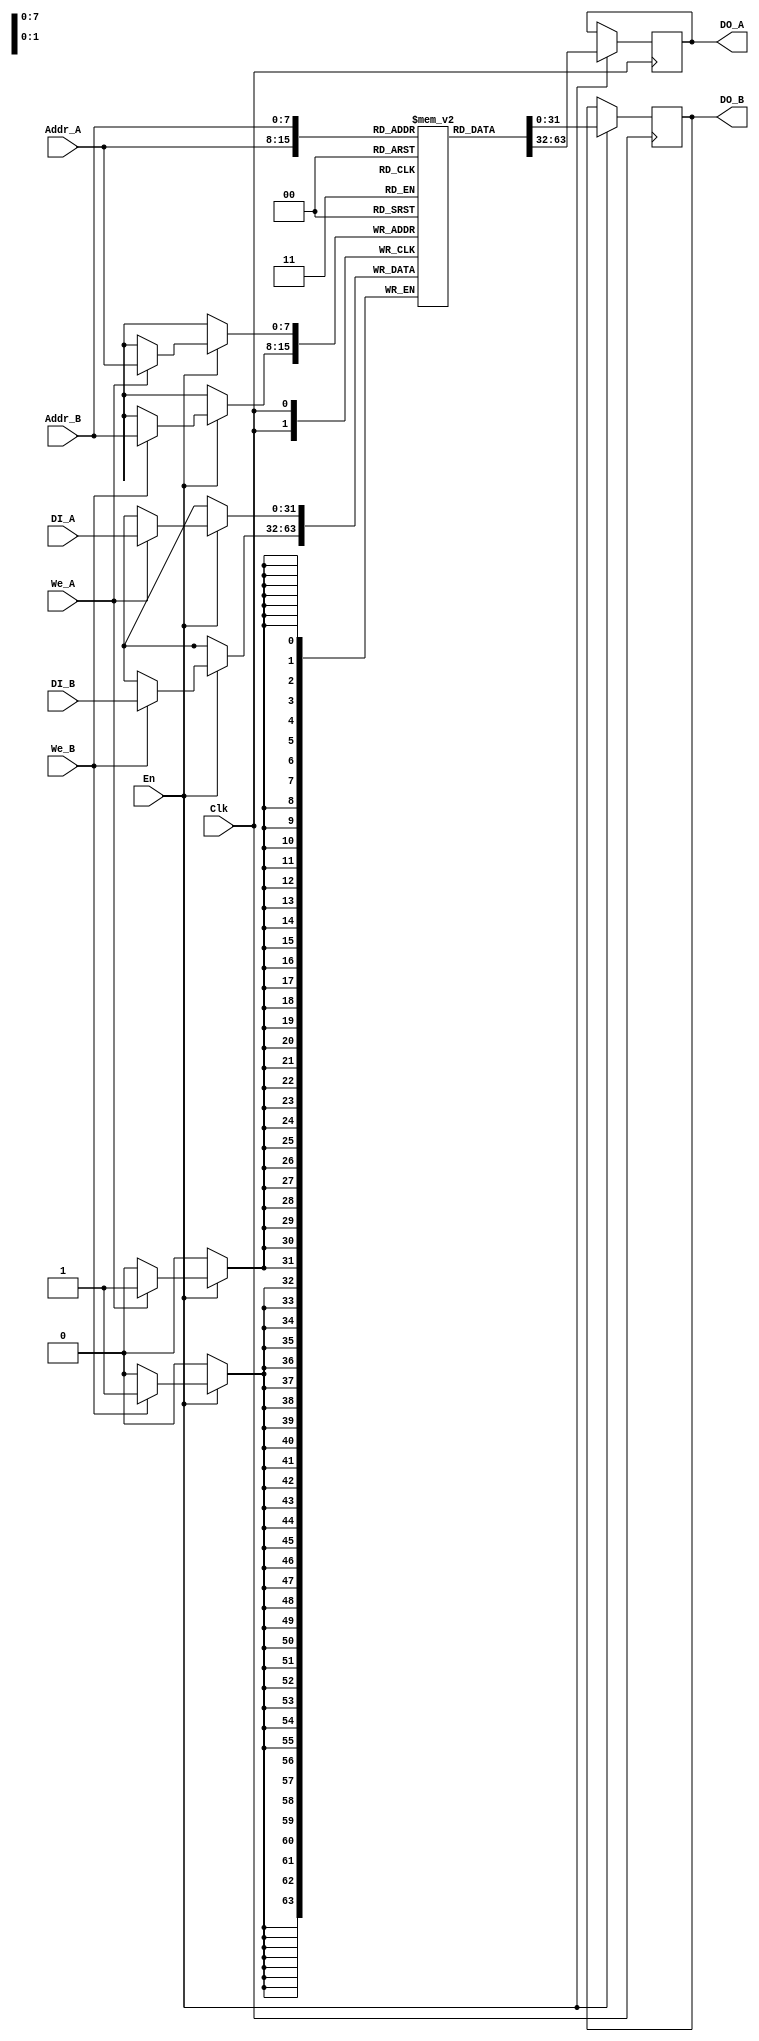
`timescale 1ps / 1ps
//////////////////////////////////////////////////////////////////////////////////
// Company: 
// Engineer: 
// 
// Design Name: 
// Module Name:    bram_dual 
// Project Name: 
// Target Devices: 
// Tool versions: 
// Description: 
//
// Dependencies: 
//
// Revision: 
// Revision 0.01 - File Created
// Additional Comments: 
//
//////////////////////////////////////////////////////////////////////////////////
module bram_duel_T(
	Clk, En, We_A, Addr_A,  DI_A,  DO_A, We_B, Addr_B,  DI_B,  DO_B
    );
parameter WIDTH = 16;

input 		Clk;
input 		En;
input 		We_A;
input		We_B;
input 		[7 : 0]		Addr_A;

input 		[2 * WIDTH - 1 : 0]	DI_A;
output 		[2 * WIDTH - 1 : 0]	DO_A;
reg	 	[2 * WIDTH - 1 : 0]	DO_A;

input 		[7 : 0]		Addr_B;

input 		[2 * WIDTH - 1 : 0]	DI_B;
output 		[2 * WIDTH - 1 : 0]	DO_B;
reg	 	[2 * WIDTH - 1 : 0]	DO_B;

reg 		[2 * WIDTH - 1 : 0]	ram 	 [0 : 255];

initial begin
ram[ 0 ]= 32'b 00000001000000000000000000000000;
ram[ 1 ]= 32'b 00000000111111110000000000000110;
ram[ 2 ]= 32'b 00000000111111110000000000001100;
ram[ 3 ]= 32'b 00000000111111110000000000010010;
ram[ 4 ]= 32'b 00000000111111100000000000011001;
ram[ 5 ]= 32'b 00000000111111100000000000011111;
ram[ 6 ]= 32'b 00000000111111010000000000100101;
ram[ 7 ]= 32'b 00000000111111000000000000101011;
ram[ 8 ]= 32'b 00000000111110110000000000110001;
ram[ 9 ]= 32'b 00000000111110010000000000111000;
ram[ 10 ]= 32'b 00000000111110000000000000111110;
ram[ 11 ]= 32'b 00000000111101100000000001000100;
ram[ 12 ]= 32'b 00000000111101000000000001001010;
ram[ 13 ]= 32'b 00000000111100110000000001010000;
ram[ 14 ]= 32'b 00000000111100010000000001010110;
ram[ 15 ]= 32'b 00000000111011100000000001011100;
ram[ 16 ]= 32'b 00000000111011000000000001100001;
ram[ 17 ]= 32'b 00000000111010100000000001100111;
ram[ 18 ]= 32'b 00000000111001110000000001101101;
ram[ 19 ]= 32'b 00000000111001000000000001110011;
ram[ 20 ]= 32'b 00000000111000010000000001111000;
ram[ 21 ]= 32'b 00000000110111100000000001111110;
ram[ 22 ]= 32'b 00000000110110110000000010000011;
ram[ 23 ]= 32'b 00000000110110000000000010001000;
ram[ 24 ]= 32'b 00000000110101000000000010001110;
ram[ 25 ]= 32'b 00000000110100010000000010010011;
ram[ 26 ]= 32'b 00000000110011010000000010011000;
ram[ 27 ]= 32'b 00000000110010010000000010011101;
ram[ 28 ]= 32'b 00000000110001010000000010100010;
ram[ 29 ]= 32'b 00000000110000010000000010100111;
ram[ 30 ]= 32'b 00000000101111010000000010101011;
ram[ 31 ]= 32'b 00000000101110010000000010110000;
ram[ 32 ]= 32'b 00000000101101010000000010110101;
ram[ 33 ]= 32'b 00000000101100000000000010111001;
ram[ 34 ]= 32'b 00000000101010110000000010111101;
ram[ 35 ]= 32'b 00000000101001110000000011000001;
ram[ 36 ]= 32'b 00000000101000100000000011000101;
ram[ 37 ]= 32'b 00000000100111010000000011001001;
ram[ 38 ]= 32'b 00000000100110000000000011001101;
ram[ 39 ]= 32'b 00000000100100110000000011010001;
ram[ 40 ]= 32'b 00000000100011100000000011010100;
ram[ 41 ]= 32'b 00000000100010000000000011011000;
ram[ 42 ]= 32'b 00000000100000110000000011011011;
ram[ 43 ]= 32'b 00000000011111100000000011011110;
ram[ 44 ]= 32'b 00000000011110000000000011100001;
ram[ 45 ]= 32'b 00000000011100110000000011100100;
ram[ 46 ]= 32'b 00000000011011010000000011100111;
ram[ 47 ]= 32'b 00000000011001110000000011101010;
ram[ 48 ]= 32'b 00000000011000010000000011101100;
ram[ 49 ]= 32'b 00000000010111000000000011101110;
ram[ 50 ]= 32'b 00000000010101100000000011110001;
ram[ 51 ]= 32'b 00000000010100000000000011110011;
ram[ 52 ]= 32'b 00000000010010100000000011110100;
ram[ 53 ]= 32'b 00000000010001000000000011110110;
ram[ 54 ]= 32'b 00000000001111100000000011111000;
ram[ 55 ]= 32'b 00000000001110000000000011111001;
ram[ 56 ]= 32'b 00000000001100010000000011111011;
ram[ 57 ]= 32'b 00000000001010110000000011111100;
ram[ 58 ]= 32'b 00000000001001010000000011111101;
ram[ 59 ]= 32'b 00000000000111110000000011111110;
ram[ 60 ]= 32'b 00000000000110010000000011111110;
ram[ 61 ]= 32'b 00000000000100100000000011111111;
ram[ 62 ]= 32'b 00000000000011000000000011111111;
ram[ 63 ]= 32'b 00000000000001100000000011111111;
ram[ 64 ]= 32'b 00000000000000000000000100000000;
ram[ 65 ]= 32'b 10000000111110010000000011111111;
ram[ 66 ]= 32'b 10000000111100110000000011111111;
ram[ 67 ]= 32'b 10000000111011010000000011111111;
ram[ 68 ]= 32'b 10000000111001100000000011111110;
ram[ 69 ]= 32'b 10000000111000000000000011111110;
ram[ 70 ]= 32'b 10000000110110100000000011111101;
ram[ 71 ]= 32'b 10000000110101000000000011111100;
ram[ 72 ]= 32'b 10000000110011100000000011111011;
ram[ 73 ]= 32'b 10000000110001110000000011111001;
ram[ 74 ]= 32'b 10000000110000010000000011111000;
ram[ 75 ]= 32'b 10000000101110110000000011110110;
ram[ 76 ]= 32'b 10000000101101010000000011110100;
ram[ 77 ]= 32'b 10000000101011110000000011110011;
ram[ 78 ]= 32'b 10000000101010010000000011110001;
ram[ 79 ]= 32'b 10000000101000110000000011101110;
ram[ 80 ]= 32'b 10000000100111100000000011101100;
ram[ 81 ]= 32'b 10000000100110000000000011101010;
ram[ 82 ]= 32'b 10000000100100100000000011100111;
ram[ 83 ]= 32'b 10000000100011000000000011100100;
ram[ 84 ]= 32'b 10000000100001110000000011100001;
ram[ 85 ]= 32'b 10000000100000010000000011011110;
ram[ 86 ]= 32'b 10000000011111000000000011011011;
ram[ 87 ]= 32'b 10000000011101110000000011011000;
ram[ 88 ]= 32'b 10000000011100010000000011010100;
ram[ 89 ]= 32'b 10000000011011000000000011010001;
ram[ 90 ]= 32'b 10000000011001110000000011001101;
ram[ 91 ]= 32'b 10000000011000100000000011001001;
ram[ 92 ]= 32'b 10000000010111010000000011000101;
ram[ 93 ]= 32'b 10000000010110000000000011000001;
ram[ 94 ]= 32'b 10000000010101000000000010111101;
ram[ 95 ]= 32'b 10000000010011110000000010111001;
ram[ 96 ]= 32'b 10000000010010100000000010110101;
ram[ 97 ]= 32'b 10000000010001100000000010110000;
ram[ 98 ]= 32'b 10000000010000100000000010101011;
ram[ 99 ]= 32'b 10000000001111100000000010100111;
ram[ 100 ]= 32'b 10000000001110100000000010100010;
ram[ 101 ]= 32'b 10000000001101100000000010011101;
ram[ 102 ]= 32'b 10000000001100100000000010011000;
ram[ 103 ]= 32'b 10000000001011100000000010010011;
ram[ 104 ]= 32'b 10000000001010110000000010001110;
ram[ 105 ]= 32'b 10000000001001110000000010001000;
ram[ 106 ]= 32'b 10000000001001000000000010000011;
ram[ 107 ]= 32'b 10000000001000010000000001111110;
ram[ 108 ]= 32'b 10000000000111100000000001111000;
ram[ 109 ]= 32'b 10000000000110110000000001110011;
ram[ 110 ]= 32'b 10000000000110000000000001101101;
ram[ 111 ]= 32'b 10000000000101010000000001100111;
ram[ 112 ]= 32'b 10000000000100110000000001100001;
ram[ 113 ]= 32'b 10000000000100010000000001011100;
ram[ 114 ]= 32'b 10000000000011100000000001010110;
ram[ 115 ]= 32'b 10000000000011000000000001010000;
ram[ 116 ]= 32'b 10000000000010110000000001001010;
ram[ 117 ]= 32'b 10000000000010010000000001000100;
ram[ 118 ]= 32'b 10000000000001110000000000111110;
ram[ 119 ]= 32'b 10000000000001100000000000111000;
ram[ 120 ]= 32'b 10000000000001000000000000110001;
ram[ 121 ]= 32'b 10000000000000110000000000101011;
ram[ 122 ]= 32'b 10000000000000100000000000100101;
ram[ 123 ]= 32'b 10000000000000010000000000011111;
ram[ 124 ]= 32'b 10000000000000010000000000011001;
ram[ 125 ]= 32'b 10000000000000000000000000010010;
ram[ 126 ]= 32'b 10000000000000000000000000001100;
ram[ 127 ]= 32'b 10000000000000000000000000000110;
ram[ 128 ]= 32'b 10000001000000000000000000000000;
ram[ 129 ]= 32'b 10000000000000001000000011111001;
ram[ 130 ]= 32'b 10000000000000001000000011110011;
ram[ 131 ]= 32'b 10000000000000001000000011101101;
ram[ 132 ]= 32'b 10000000000000011000000011100110;
ram[ 133 ]= 32'b 10000000000000011000000011100000;
ram[ 134 ]= 32'b 10000000000000101000000011011010;
ram[ 135 ]= 32'b 10000000000000111000000011010100;
ram[ 136 ]= 32'b 10000000000001001000000011001110;
ram[ 137 ]= 32'b 10000000000001101000000011000111;
ram[ 138 ]= 32'b 10000000000001111000000011000001;
ram[ 139 ]= 32'b 10000000000010011000000010111011;
ram[ 140 ]= 32'b 10000000000010111000000010110101;
ram[ 141 ]= 32'b 10000000000011001000000010101111;
ram[ 142 ]= 32'b 10000000000011101000000010101001;
ram[ 143 ]= 32'b 10000000000100011000000010100011;
ram[ 144 ]= 32'b 10000000000100111000000010011110;
ram[ 145 ]= 32'b 10000000000101011000000010011000;
ram[ 146 ]= 32'b 10000000000110001000000010010010;
ram[ 147 ]= 32'b 10000000000110111000000010001100;
ram[ 148 ]= 32'b 10000000000111101000000010000111;
ram[ 149 ]= 32'b 10000000001000011000000010000001;
ram[ 150 ]= 32'b 10000000001001001000000001111100;
ram[ 151 ]= 32'b 10000000001001111000000001110111;
ram[ 152 ]= 32'b 10000000001010111000000001110001;
ram[ 153 ]= 32'b 10000000001011101000000001101100;
ram[ 154 ]= 32'b 10000000001100101000000001100111;
ram[ 155 ]= 32'b 10000000001101101000000001100010;
ram[ 156 ]= 32'b 10000000001110101000000001011101;
ram[ 157 ]= 32'b 10000000001111101000000001011000;
ram[ 158 ]= 32'b 10000000010000101000000001010100;
ram[ 159 ]= 32'b 10000000010001101000000001001111;
ram[ 160 ]= 32'b 10000000010010101000000001001010;
ram[ 161 ]= 32'b 10000000010011111000000001000110;
ram[ 162 ]= 32'b 10000000010101001000000001000010;
ram[ 163 ]= 32'b 10000000010110001000000000111110;
ram[ 164 ]= 32'b 10000000010111011000000000111010;
ram[ 165 ]= 32'b 10000000011000101000000000110110;
ram[ 166 ]= 32'b 10000000011001111000000000110010;
ram[ 167 ]= 32'b 10000000011011001000000000101110;
ram[ 168 ]= 32'b 10000000011100011000000000101011;
ram[ 169 ]= 32'b 10000000011101111000000000100111;
ram[ 170 ]= 32'b 10000000011111001000000000100100;
ram[ 171 ]= 32'b 10000000100000011000000000100001;
ram[ 172 ]= 32'b 10000000100001111000000000011110;
ram[ 173 ]= 32'b 10000000100011001000000000011011;
ram[ 174 ]= 32'b 10000000100100101000000000011000;
ram[ 175 ]= 32'b 10000000100110001000000000010101;
ram[ 176 ]= 32'b 10000000100111101000000000010011;
ram[ 177 ]= 32'b 10000000101000111000000000010001;
ram[ 178 ]= 32'b 10000000101010011000000000001110;
ram[ 179 ]= 32'b 10000000101011111000000000001100;
ram[ 180 ]= 32'b 10000000101101011000000000001011;
ram[ 181 ]= 32'b 10000000101110111000000000001001;
ram[ 182 ]= 32'b 10000000110000011000000000000111;
ram[ 183 ]= 32'b 10000000110001111000000000000110;
ram[ 184 ]= 32'b 10000000110011101000000000000100;
ram[ 185 ]= 32'b 10000000110101001000000000000011;
ram[ 186 ]= 32'b 10000000110110101000000000000010;
ram[ 187 ]= 32'b 10000000111000001000000000000001;
ram[ 188 ]= 32'b 10000000111001101000000000000001;
ram[ 189 ]= 32'b 10000000111011011000000000000000;
ram[ 190 ]= 32'b 10000000111100111000000000000000;
ram[ 191 ]= 32'b 10000000111110011000000000000000;
ram[ 192 ]= 32'b 10000000111111111000000100000000;
ram[ 193 ]= 32'b 00000000000001101000000000000000;
ram[ 194 ]= 32'b 00000000000011001000000000000000;
ram[ 195 ]= 32'b 00000000000100101000000000000000;
ram[ 196 ]= 32'b 00000000000110011000000000000001;
ram[ 197 ]= 32'b 00000000000111111000000000000001;
ram[ 198 ]= 32'b 00000000001001011000000000000010;
ram[ 199 ]= 32'b 00000000001010111000000000000011;
ram[ 200 ]= 32'b 00000000001100011000000000000100;
ram[ 201 ]= 32'b 00000000001110001000000000000110;
ram[ 202 ]= 32'b 00000000001111101000000000000111;
ram[ 203 ]= 32'b 00000000010001001000000000001001;
ram[ 204 ]= 32'b 00000000010010101000000000001011;
ram[ 205 ]= 32'b 00000000010100001000000000001100;
ram[ 206 ]= 32'b 00000000010101101000000000001110;
ram[ 207 ]= 32'b 00000000010111001000000000010001;
ram[ 208 ]= 32'b 00000000011000011000000000010011;
ram[ 209 ]= 32'b 00000000011001111000000000010101;
ram[ 210 ]= 32'b 00000000011011011000000000011000;
ram[ 211 ]= 32'b 00000000011100111000000000011011;
ram[ 212 ]= 32'b 00000000011110001000000000011110;
ram[ 213 ]= 32'b 00000000011111101000000000100001;
ram[ 214 ]= 32'b 00000000100000111000000000100100;
ram[ 215 ]= 32'b 00000000100010001000000000100111;
ram[ 216 ]= 32'b 00000000100011101000000000101011;
ram[ 217 ]= 32'b 00000000100100111000000000101110;
ram[ 218 ]= 32'b 00000000100110001000000000110010;
ram[ 219 ]= 32'b 00000000100111011000000000110110;
ram[ 220 ]= 32'b 00000000101000101000000000111010;
ram[ 221 ]= 32'b 00000000101001111000000000111110;
ram[ 222 ]= 32'b 00000000101010111000000001000010;
ram[ 223 ]= 32'b 00000000101100001000000001000110;
ram[ 224 ]= 32'b 00000000101101011000000001001010;
ram[ 225 ]= 32'b 00000000101110011000000001001111;
ram[ 226 ]= 32'b 00000000101111011000000001010100;
ram[ 227 ]= 32'b 00000000110000011000000001011000;
ram[ 228 ]= 32'b 00000000110001011000000001011101;
ram[ 229 ]= 32'b 00000000110010011000000001100010;
ram[ 230 ]= 32'b 00000000110011011000000001100111;
ram[ 231 ]= 32'b 00000000110100011000000001101100;
ram[ 232 ]= 32'b 00000000110101001000000001110001;
ram[ 233 ]= 32'b 00000000110110001000000001110111;
ram[ 234 ]= 32'b 00000000110110111000000001111100;
ram[ 235 ]= 32'b 00000000110111101000000010000001;
ram[ 236 ]= 32'b 00000000111000011000000010000111;
ram[ 237 ]= 32'b 00000000111001001000000010001100;
ram[ 238 ]= 32'b 00000000111001111000000010010010;
ram[ 239 ]= 32'b 00000000111010101000000010011000;
ram[ 240 ]= 32'b 00000000111011001000000010011110;
ram[ 241 ]= 32'b 00000000111011101000000010100011;
ram[ 242 ]= 32'b 00000000111100011000000010101001;
ram[ 243 ]= 32'b 00000000111100111000000010101111;
ram[ 244 ]= 32'b 00000000111101001000000010110101;
ram[ 245 ]= 32'b 00000000111101101000000010111011;
ram[ 246 ]= 32'b 00000000111110001000000011000001;
ram[ 247 ]= 32'b 00000000111110011000000011000111;
ram[ 248 ]= 32'b 00000000111110111000000011001110;
ram[ 249 ]= 32'b 00000000111111001000000011010100;
ram[ 250 ]= 32'b 00000000111111011000000011011010;
ram[ 251 ]= 32'b 00000000111111101000000011100000;
ram[ 252 ]= 32'b 00000000111111101000000011100110;
ram[ 253 ]= 32'b 00000000111111111000000011101101;
ram[ 254 ]= 32'b 00000000111111111000000011110011;
ram[ 255 ]= 32'b 00000000111111111000000011111001;

end


always @(posedge Clk) 
	begin
	if (En)
		begin
		if (We_A)
			ram[Addr_A] <= DI_A;
		DO_A <= ram[Addr_A];
		end
	if (En)
		begin
		if (We_B)
			ram[Addr_B] <= DI_B;
		DO_B <= ram[Addr_B];
		end 
	end


endmodule